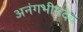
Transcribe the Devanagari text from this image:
अनंगभीमदेव